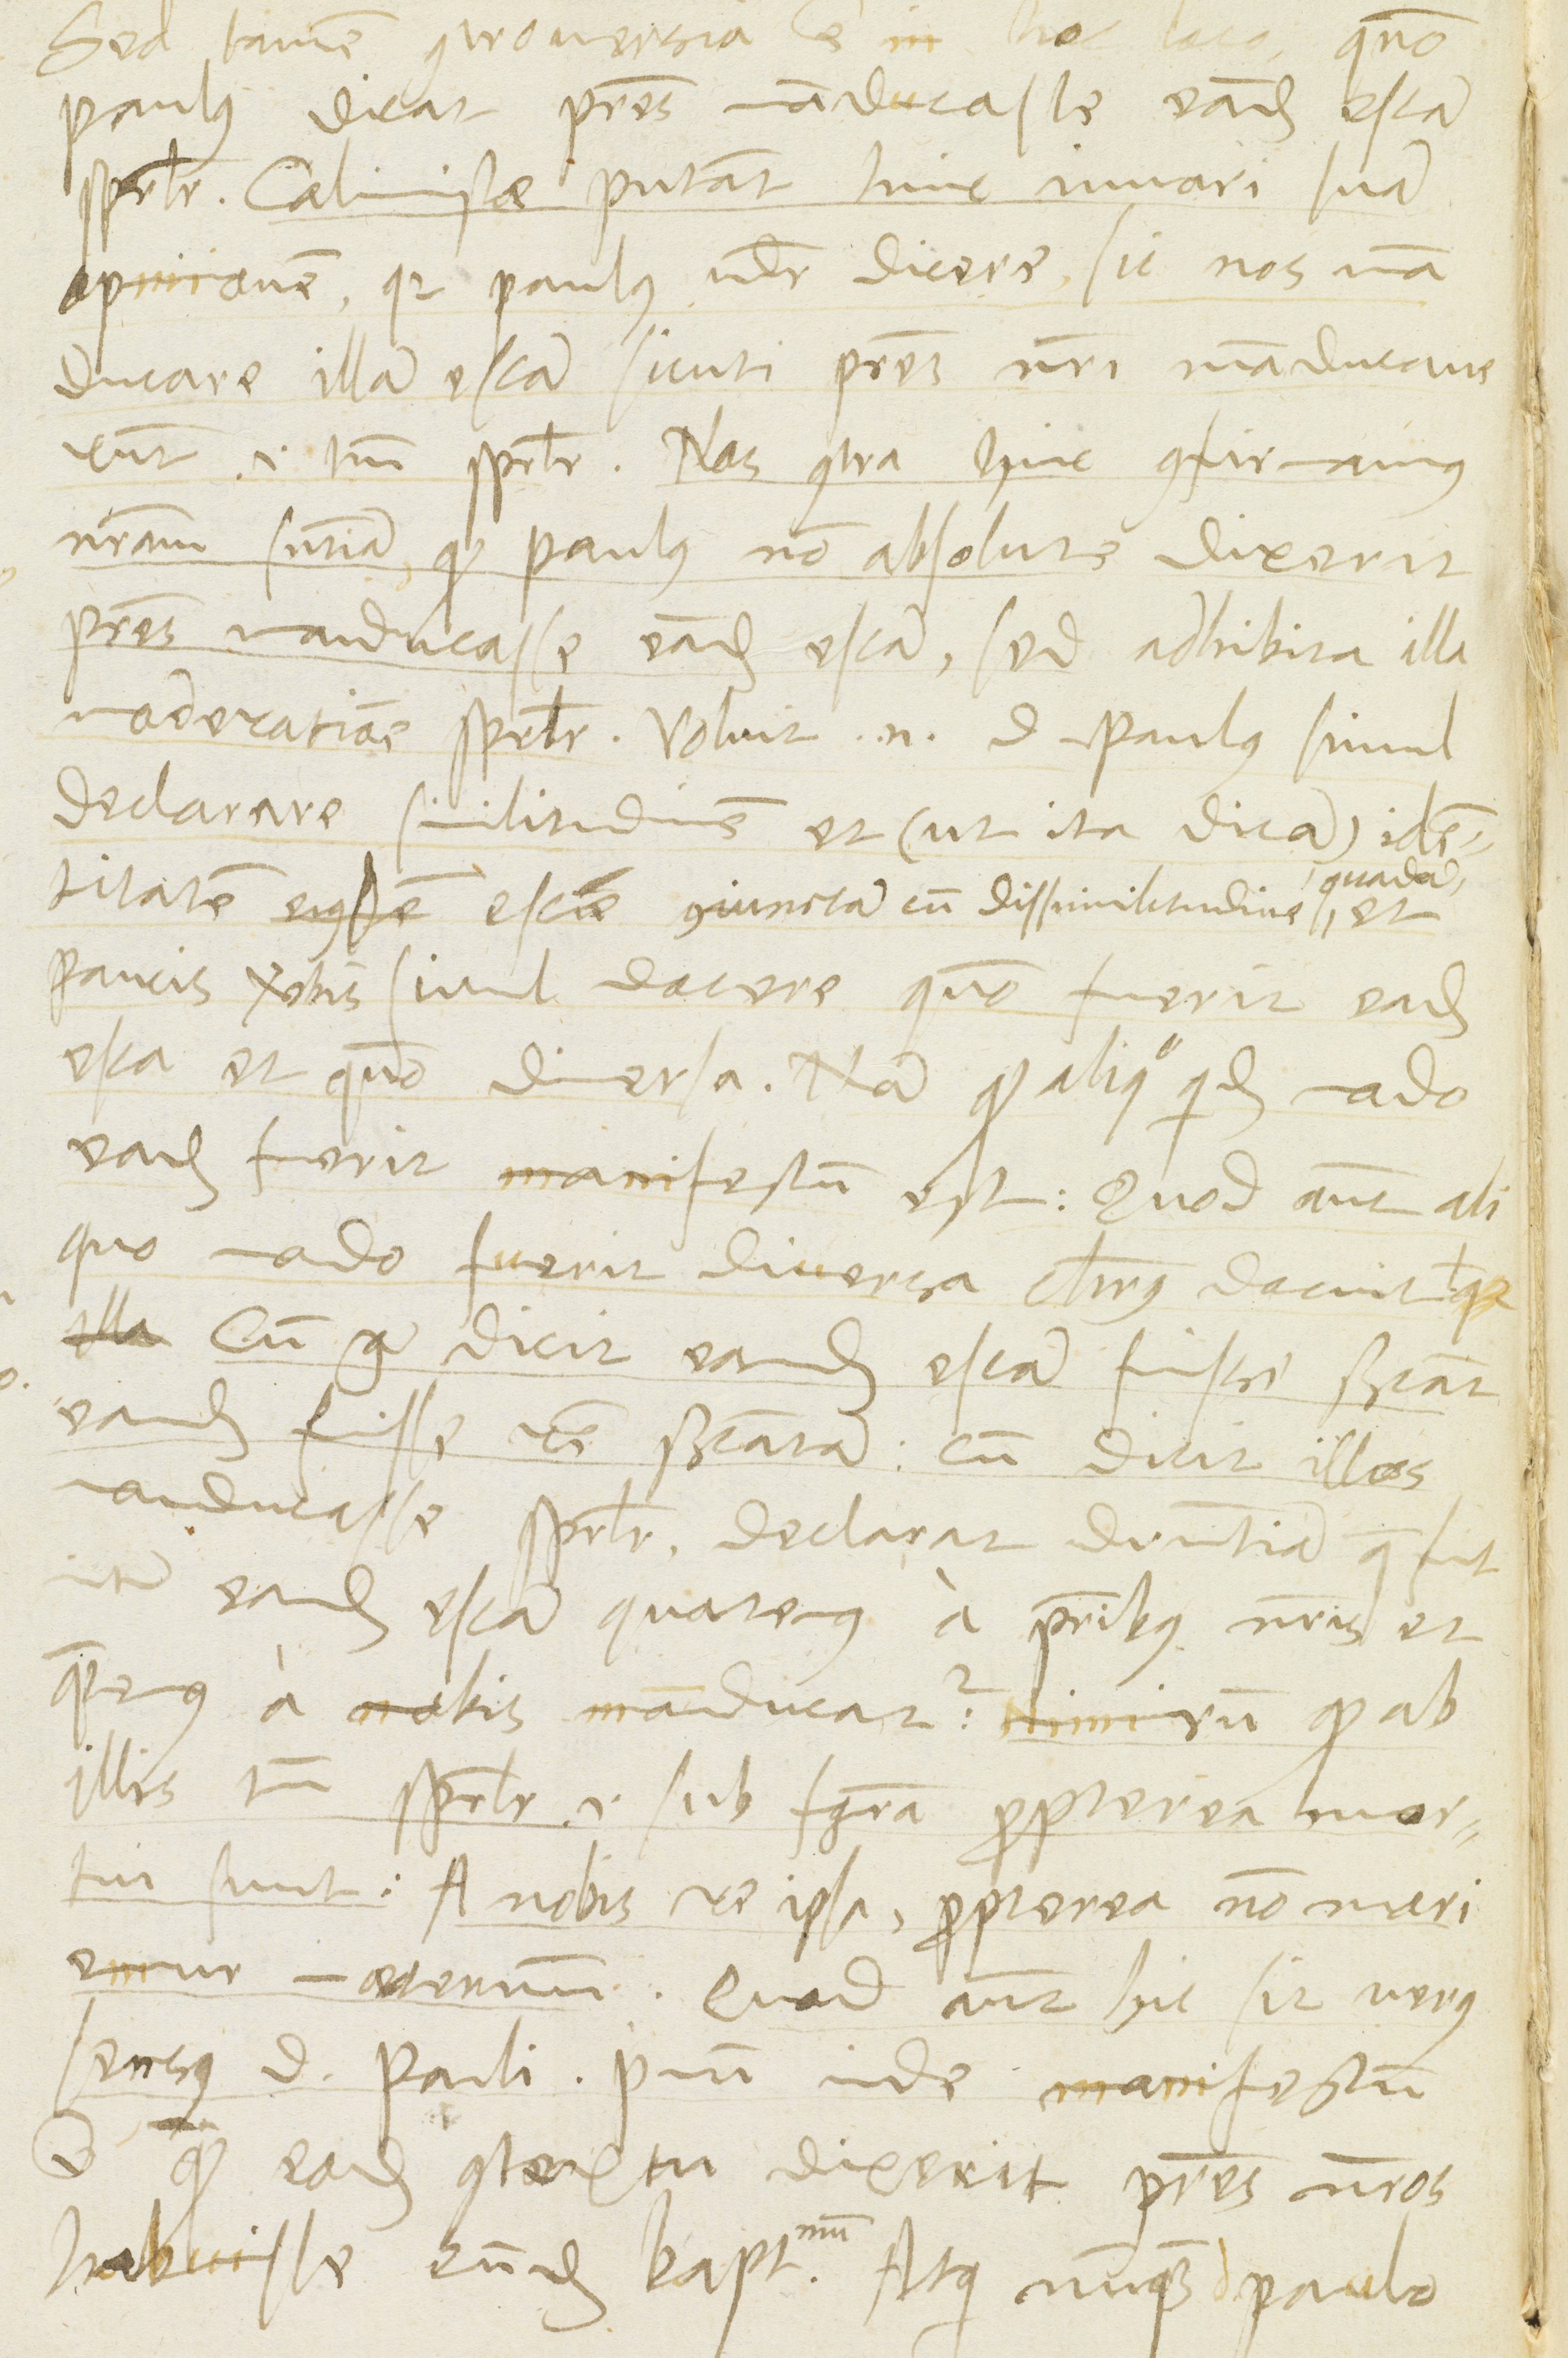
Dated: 1568–1568